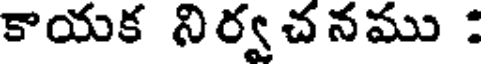
కాయక నిర్వచనము :